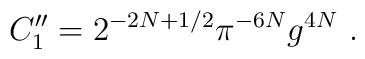
C^{\prime\prime}_1=2^{-2N+1/2}\pi^{-6N}g^{4N} \ .